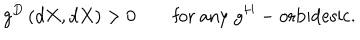
g ^ { D } \left( d X , d X \right) > 0 \qquad \textrm { f o r a n y } g ^ { H } - \textrm { o r b i d e s i c } .